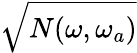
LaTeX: \sqrt{N(\omega,\omega_{a})}